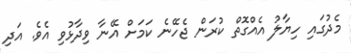
މެދުގައި ހިޔާލު އެއްގޮތް ކުރަން ޖެހޭނެ ކަމަށް އޭނާ ވިދާޅުވި އެވެ. އަދި